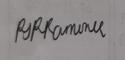
Signature authenticity: genuine